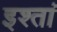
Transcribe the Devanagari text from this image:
इश्तां